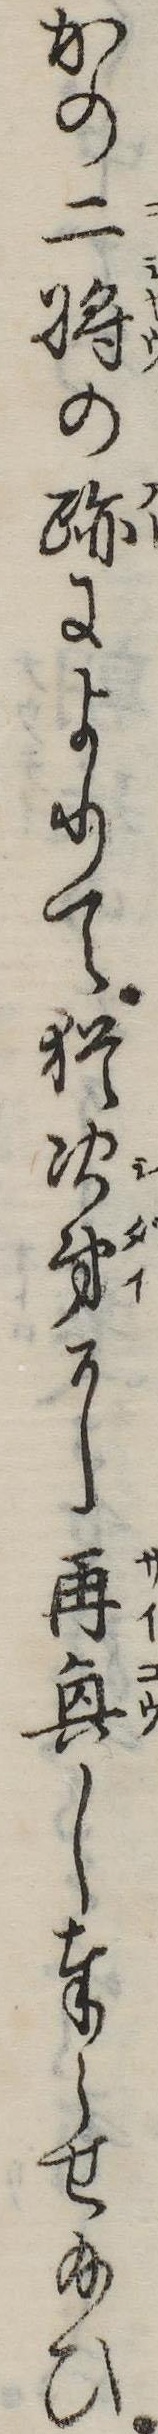
かの二将の跡によりて猶次第に再興し奉らせ給ひ